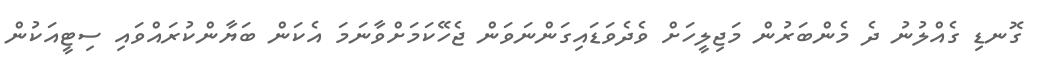
ގޮނޑި ގެއްލުނު ދެ މެންބަރުން މަޖިލީހަށް ވެދެވަޑައިގަންނަވަން ޖެހޭކަމަށްވާނަމަ އެކަން ބަޔާންކުރައްވައި ސިޓީއަކުން